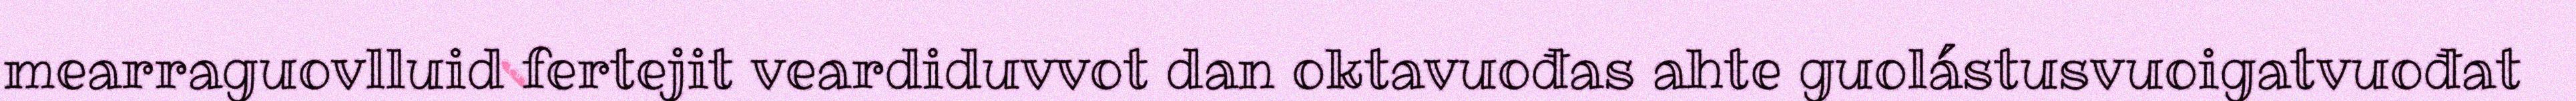
mearraguovlluid fertejit veardiduvvot dan oktavuođas ahte guolástusvuoigatvuođat